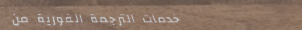
خدمات الترجمة الفورية من